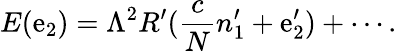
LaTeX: E(\mathrm{e}_{2})=\Lambda^{2}R^{\prime}(\frac{{c}}{{N}}n_{1}^{\prime}+{\mathrm{e}}_{2}^{\prime})+\cdots.